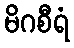
မိဂစီရံ